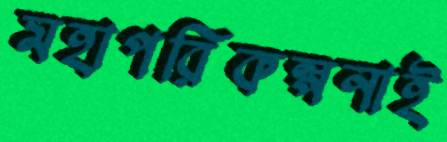
মহাপরিকল্পনাই